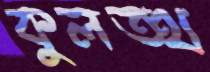
কুলত্থ